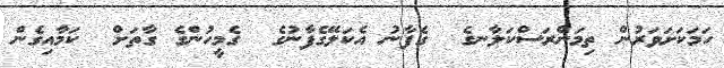
ހަމަކަށަވަރުން ތިމަންރަސްކަލާނގެ  ގެފާނު އެކަލޭގެފާނުގެ  ގެމީހުންގެ ގާތަށް  ކަމާއިގެން